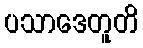
ပသာဒေတူတိ